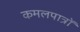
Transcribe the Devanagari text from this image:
कमलपात्रों